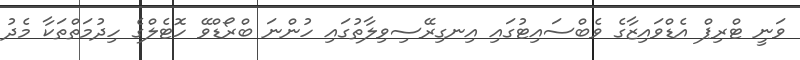
ވަނީ ޓްރިޕް އެޑްވައިޒާގެ ވެބްސައިޓުގައި އިނގިރޭސިވިލާތުގައި ހުންނަ ބްރޯޑްވޭ ހޮޓެލްގެ ހިދުމަތްތަކާ މެދު